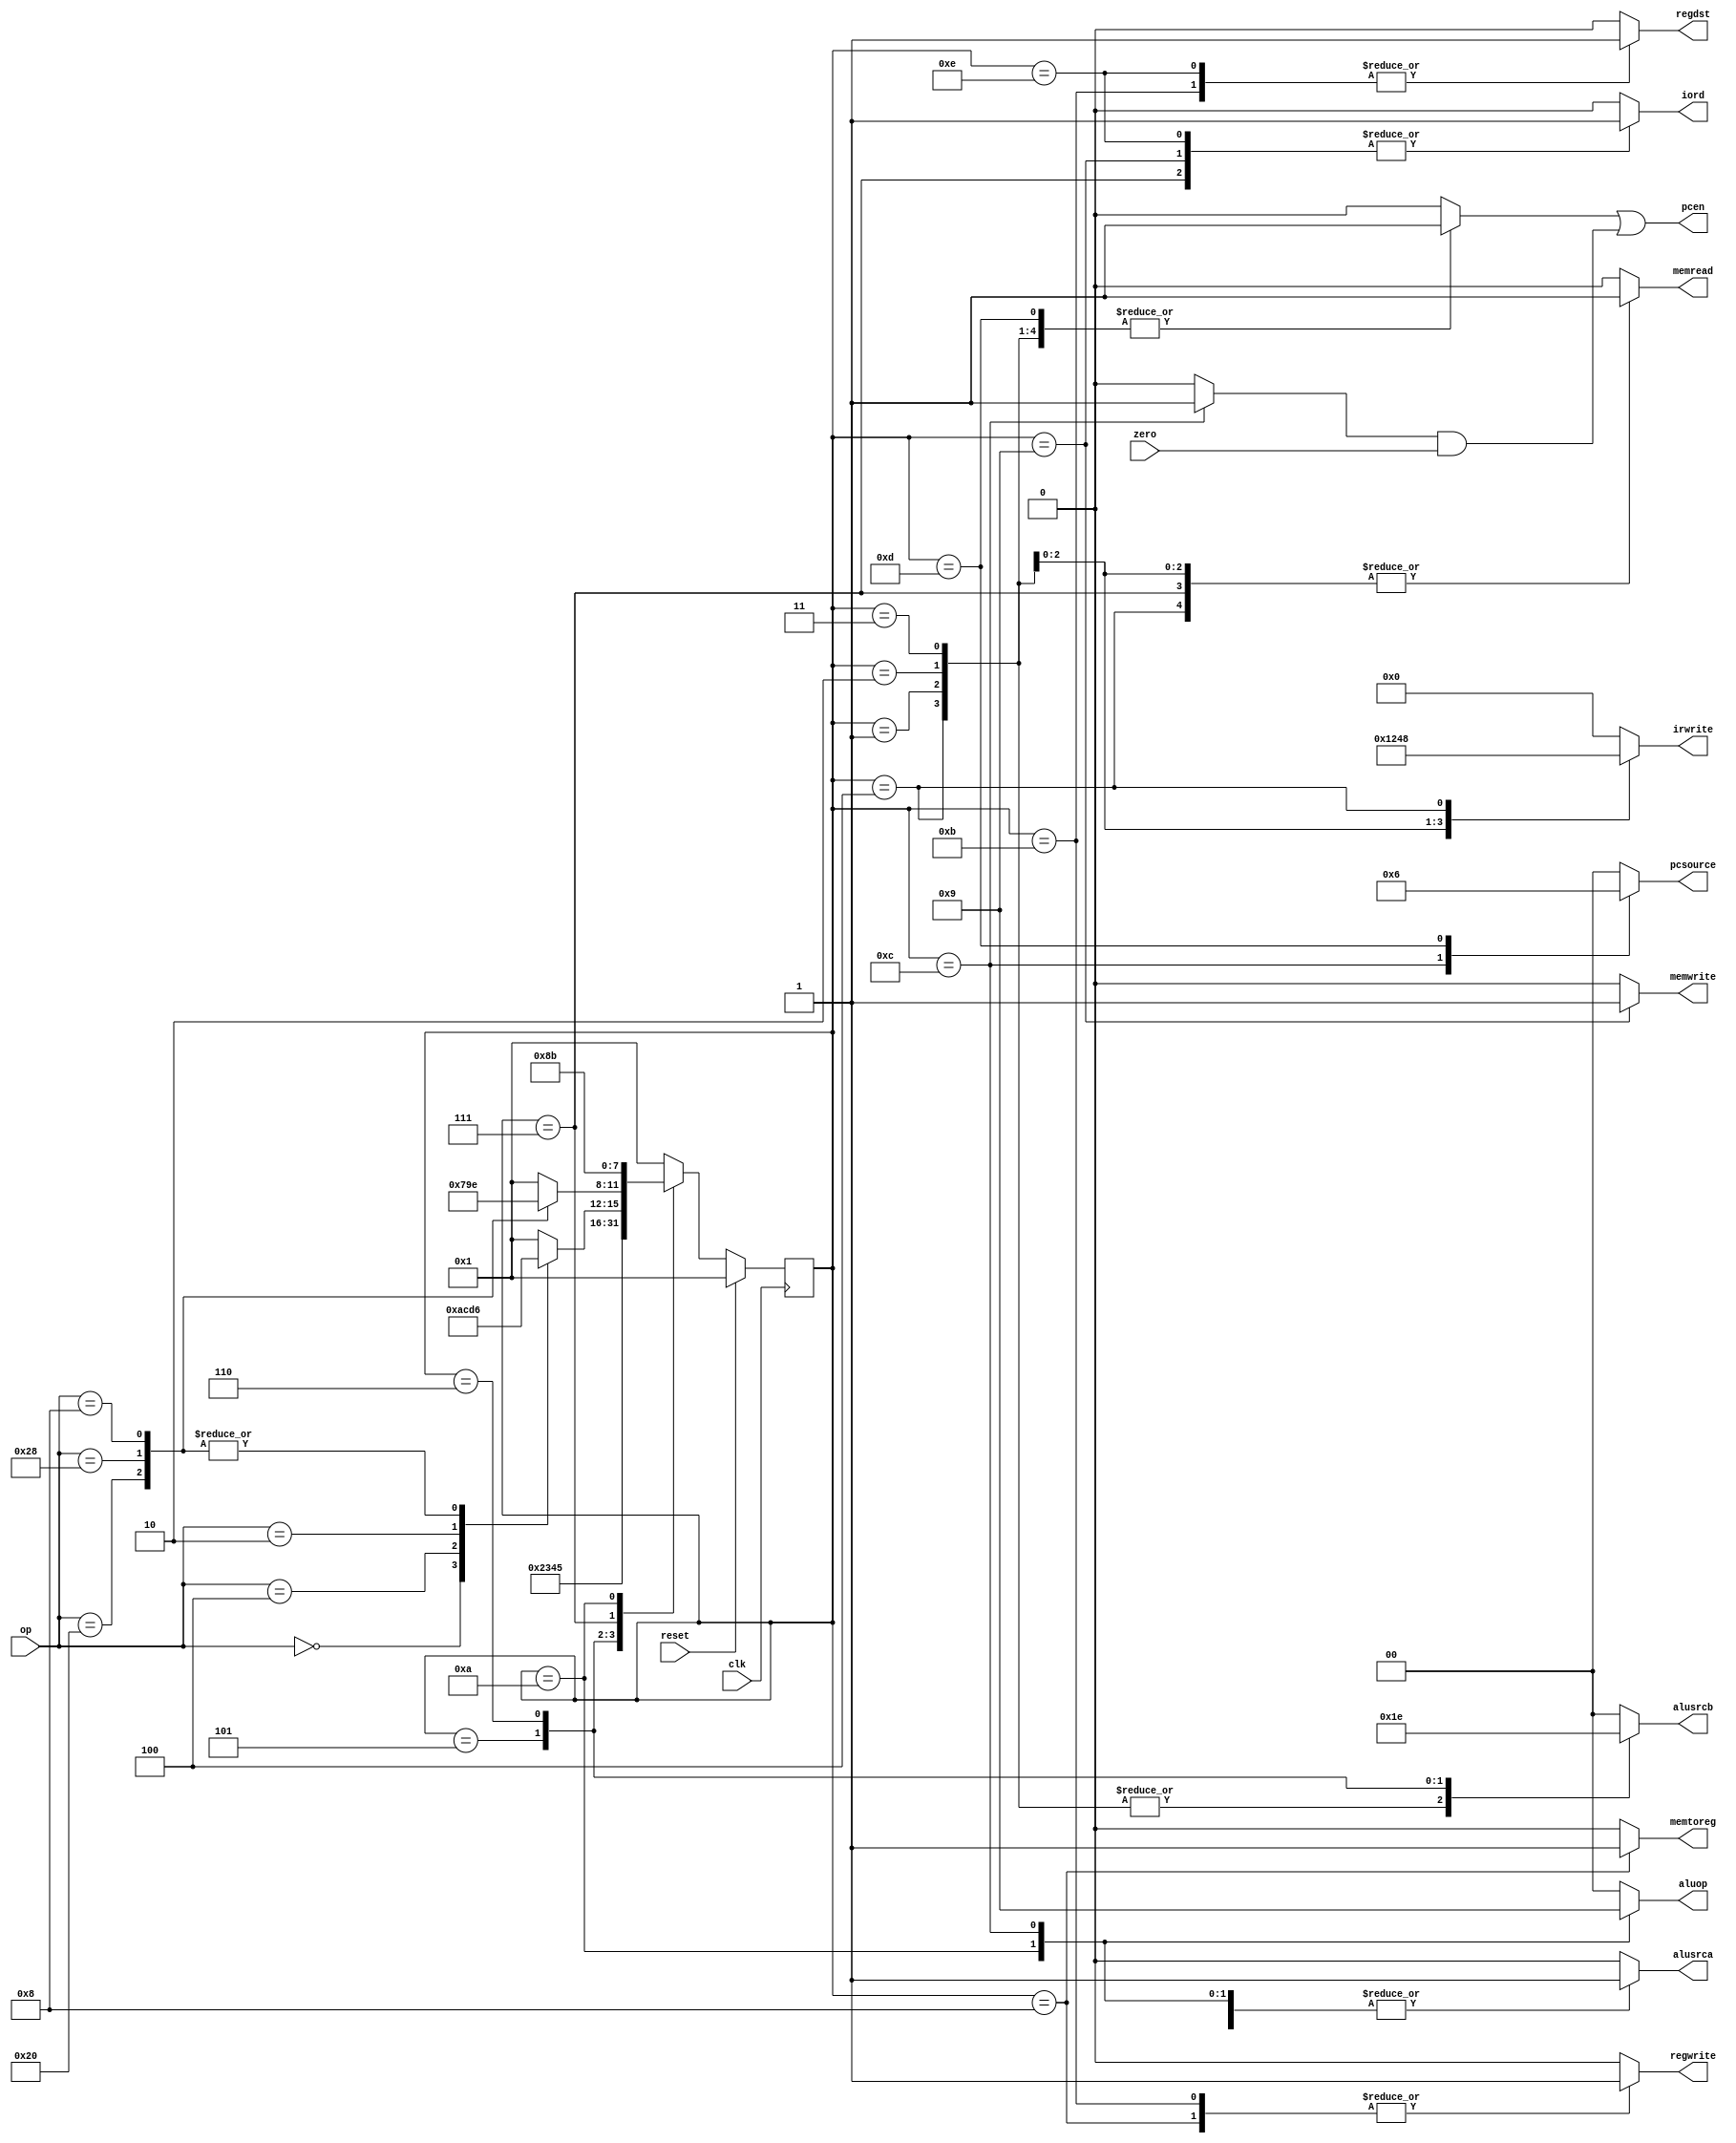
module controller(alusrca, alusrcb, aluop, pcen, iord, irwrite, 
                  memread, memwrite, memtoreg, 
		  pcsource, regwrite, regdst,
                  op, clk, reset, zero) ;

   // INPUTS (3)
   input  [5:0]   op         ;	// OPCODE
   input          clk, reset, zero ;

   // OUTPUTS (12)
   output         alusrca    ;	// ALUSrcA
   output [1:0]   alusrcb    ;	// ALUSrcB
   output [1:0]   aluop      ;	// ALUOp
   output         pcen     ;	// Program Counter enable
   output         iord       ;	// IorD
   output [3:0]   irwrite    ;	// irwrite [0] = IRWrite0, irwrite[1] = IRWrite1, etc.
   output         memread    ;	// MemRead
   output         memwrite   ;	// MemWrite
   output         memtoreg   ;	// MemtoReg
   output [1:0]   pcsource   ;	// PCSrc
   output         regwrite   ;	// RegWrite
   output	  regdst     ;	// RegDst

   // REGISTERS
   reg 		  alusrca ;
   reg [1:0]      alusrcb    ;	// ALUSrcB
   reg [1:0]      aluop      ;	// ALUOp
   reg            branch     ;	// Branch
   reg            iord       ;	// IorD
   reg [3:0]      irwrite    ;	// irwrite [0] = IRWrite0, irwrite[1] = IRWrite1, etc.
   reg            memread    ;	// MemRead
   reg            memwrite   ;	// MemWrite
   reg            memtoreg   ;	// MemtoReg
   reg            pcwrite    ;	// PCWrite
   reg [1:0]      pcsource   ;	// PCSrc
   reg            regwrite   ;	// RegWrite
   reg   	  regdst     ;	// RegDst



   // STATES (12)
   //
   parameter      FETCH1  =  4'b0001;	// state 0
   parameter      FETCH2  =  4'b0010;	// state 1
   parameter      FETCH3  =  4'b0011;	// state 2 
   parameter      FETCH4  =  4'b0100;	// state 3
   parameter      DECODE  =  4'b0101;   // state 4
   parameter      MEMADR  =  4'b0110;	// state 5
   parameter      LBRD    =  4'b0111;	// state 6
   parameter      LBWR    =  4'b1000;	// state 7
   parameter      SBWR    =  4'b1001;	// state 8
   parameter      RTYPEEX =  4'b1010;	// state 9
   parameter      RTYPEWR =  4'b1011;	// state 10
   parameter      BEQEX   =  4'b1100;	// state 11
   parameter      JEX     =  4'b1101;	// state 12
   parameter	  ADDIWR  =  4'b1110;	// state 13

   // OPCODES  -- Make input decoding simpler
   // 
   parameter      LB      =  6'b100000;	// load byte
   parameter      SB      =  6'b101000; // store byte
   parameter      RTYPE   =  6'b0; // Regsiter type instuction TODO - see lecture 4b 
   parameter      BEQ     =  6'b000100; // Branch if Equal instruction i-type TODO
   parameter      J       =  6'b000010; //  Jump TODO
   parameter	  ADDI	  =  6'b001000; // addi op

   // STATE REGISTERS
   reg [3:0] state, nextstate;

   // state register
   always @(posedge clk)
      if(reset) state <= FETCH1;
	else state <= nextstate;
	
   // next state logic
   always @(*)
      begin
	case(state)
	FETCH1: nextstate <= FETCH2;
	FETCH2: nextstate <= FETCH3;
	FETCH3: nextstate <= FETCH4;
	FETCH4: nextstate <= DECODE;
	DECODE: case(op)
		LB: nextstate <= MEMADR;
		SB: nextstate <= MEMADR;
		RTYPE: nextstate <= RTYPEEX;
		BEQ: nextstate <= BEQEX;
		J: nextstate <= JEX;
		ADDI: nextstate <= MEMADR;
		//should never happen
		default: nextstate <= FETCH1;
		endcase
	MEMADR: case(op)
		LB: nextstate <= LBRD;
		SB: nextstate <= SBWR;
		ADDI: nextstate <= ADDIWR;
		//should never happen
		default: nextstate <= FETCH1;
		endcase
	LBRD: nextstate <= LBWR;
	RTYPEEX: nextstate <= RTYPEWR;
	LBWR: nextstate <= FETCH1;
	SBWR: nextstate <= FETCH1;
	RTYPEWR: nextstate <= FETCH1;
	BEQEX: nextstate <= FETCH1;
	JEX: nextstate <= FETCH1;
	ADDIWR: nextstate <= FETCH1;
	//should never happen
	default: nextstate <= FETCH1;
	endcase
     end

   // registered outputs
   always @(*)
      begin
	// set all outputs to zero then conditionally assert
	// the apropriate ones
	irwrite <= 4'b0000;
	alusrca <= 0;	
	alusrcb <= 2'b00;	
	aluop <= 2'b00;
        iord <= 0;
	memread <= 0;
	memwrite <= 0;
        memtoreg <= 0;
        pcwrite <= 0;
	pcsource <= 2'b00;
        regwrite <= 0;	
	regdst <= 0;
	branch <= 0;
	case(state)
	FETCH1:
	   begin
	      memread <= 1;
	      irwrite <= 4'b0001;
	      alusrcb <= 2'b01;
	      pcwrite <= 1;
	   end
	FETCH2:
	   begin
	      memread <= 1;
	      irwrite <= 4'b0010;
	      alusrcb <= 2'b01;
	      pcwrite <= 1;
	   end
	FETCH3:
	   begin
	      memread <= 1;
	      irwrite <= 4'b0100;
	      alusrcb <= 2'b01;
	      pcwrite <= 1;
	   end
	FETCH4:
	   begin
	      memread <= 1;
	      irwrite <= 4'b1000;
	      alusrcb <= 2'b01;
	      pcwrite <= 1;
	   end
	DECODE:alusrcb <= 2'b11;
	MEMADR:
	   begin
	      alusrca <= 1;
	      alusrcb <= 2'b10;
	   end
	LBRD:
	   begin
	      memread <= 1;
	      iord <= 1;
	   end
	LBWR:
	   begin
	      regwrite <= 1;
	      memtoreg <= 1;
	   end
	SBWR:
	   begin
	      memwrite <= 1;
	      iord <= 1;
	   end
	RTYPEEX:
	   begin
	      alusrca <= 1;
	      aluop <= 2'b10;
	   end
	RTYPEWR:
	   begin
	      regdst <= 1;
	      regwrite <= 1;
	   end
	BEQEX:
	   begin
	      alusrca <= 1;
	      aluop <= 2'b01;
	      branch <= 1;
	      pcsource <= 2'b01;
	   end
	JEX:
	   begin
	      pcwrite <= 1;
	      pcsource <= 2'b10;
	   end
	ADDIWR:
	   begin
	      regdst <= 1;
	      iord <= 1;
	   end
	endcase
     end

  assign pcen = pcwrite | (branch & zero); //pc enable
   
endmodule